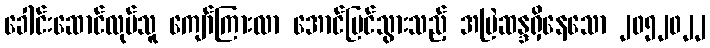
ခေါင်းဆောင်လုပ်သူ ကျော်ကြားလာ အောင်မြင်သွားသည့် အမြဲဆန္ဒရှိနေသော ၂၀၅၂၀၂၂